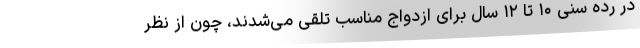
در رده سنی ۱۰ تا ۱۲ سال برای ازدواج مناسب تلقی می‌شدند، چون از نظر